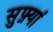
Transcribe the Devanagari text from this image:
सुफ़्यां